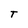
Character: T